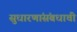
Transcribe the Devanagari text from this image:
सुधारणांसंबधाची